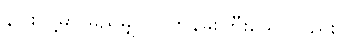
နဂါးတို့မှာ မည်မျှပင် တန်ခိုးကြီးသော်လည်း